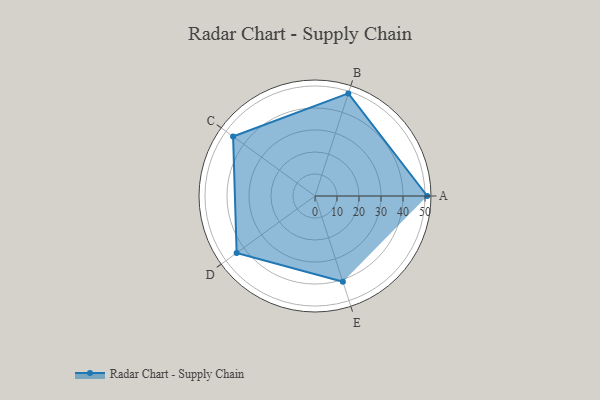
{"axis": {"x": "Skill", "y": "Score"}, "legend": ["Profile"], "data": [{"x": "A", "y": 51.0, "type": "Profile"}, {"x": "B", "y": 49.0, "type": "Profile"}, {"x": "C", "y": 46.0, "type": "Profile"}, {"x": "D", "y": 44.0, "type": "Profile"}, {"x": "E", "y": 41.0, "type": "Profile"}]}